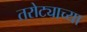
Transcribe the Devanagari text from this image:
तरोट्याच्या